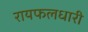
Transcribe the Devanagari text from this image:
रायफलधारी